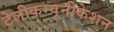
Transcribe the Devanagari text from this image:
टेलीकम्यूनीकेशन